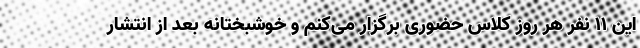
این ۱۱ نفر هر روز کلاس حضوری برگزار می‌کنم و خوشبختانه بعد از انتشار